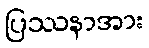
ပြဿနာအား